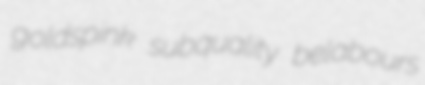
goldspink subquality belabours